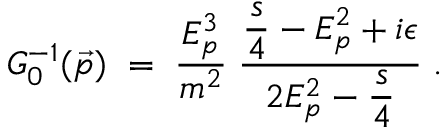
G _ { 0 } ^ { - 1 } ( \vec { p } ) \; = \; \frac { E _ { p } ^ { 3 } } { m ^ { 2 } } \; \frac { \displaystyle \frac { s } { 4 } - E _ { p } ^ { 2 } + i \epsilon } { 2 E _ { p } ^ { 2 } - \displaystyle \frac { s } { 4 } } \; .